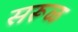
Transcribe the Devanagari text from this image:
सरूळ